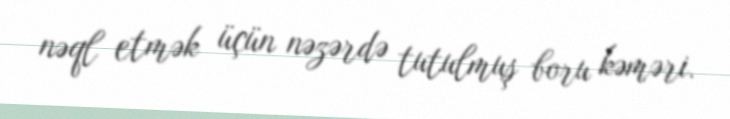
nəql etmək üçün nəzərdə tutulmuş boru kəməri.